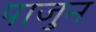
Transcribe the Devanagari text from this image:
पाजुन